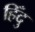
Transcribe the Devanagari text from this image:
हिँदु